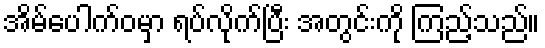
အိမ်ပေါက်ဝမှာ ရပ်လိုက်ပြီး အတွင်းကို ကြည့်သည်။